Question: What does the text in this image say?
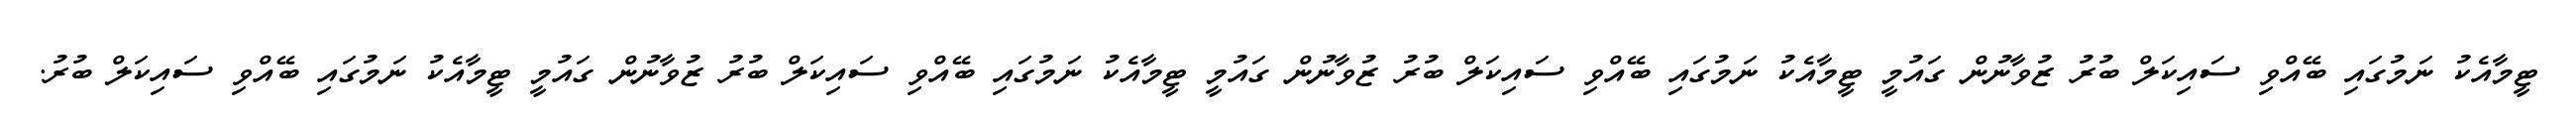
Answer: ޓީމާއެކު ނަމުގައި ބޭއްވި ސައިކަލް ބުރު ޒުވާނުން ގައުމީ ޓީމާއެކު ނަމުގައި ބޭއްވި ސައިކަލް ބުރު ޒުވާނުން ގައުމީ ޓީމާއެކު ނަމުގައި ބޭއްވި ސައިކަލް ބުރު ޒުވާނުން ގައުމީ ޓީމާއެކު ނަމުގައި ބޭއްވި ސައިކަލް ބުރު.